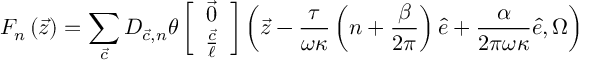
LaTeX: F _ { n } \left( { \vec { z } } \right) = \sum _ { { \vec { c } } } D _ { { \vec { c } } , n } \theta \left[ \begin{array} { c } { { { \vec { 0 } } } } \\ { { \frac { { \vec { c } } } { \ell } } } \end{array} \right] \left( { \vec { z } } - \frac { \tau } { \omega \kappa } \left( n + \frac { \beta } { 2 \pi } \right) { \hat { e } } + \frac { \alpha } { 2 \pi \omega \kappa } { \hat { e } } , \Omega \right)